Vaccination in Bombay 1889-1901 - 1889-1901
Year: 1889
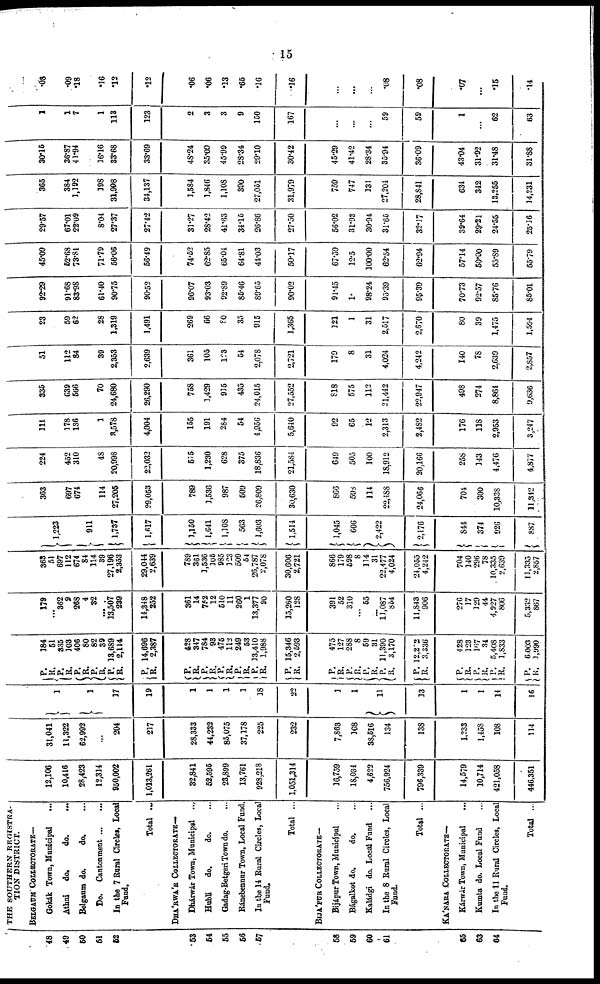
15
48
49
50
51
52
53
54
55
56
57
58
59
60
61
65
63
64
THE SOUTHERN REGISTRA-
TION DISTRICT.
BELGAUM COLLECTORATE—
Gokák Town, Municipal
...
Athni
do.
do.
...
Belgaum do.
do. ...
Do.
Cantonment... ...
In the 7 Rural Circles, Local
Fund.
Total ...
DHÁRWÁR COLLECTORATE—
Dhárwár Town, Municipal ...
Hubli
do.
do. ...
Gadag-Betgeri Town do. ...
Ránebennur Town, Local Fund.
In the 14 Rural Circles, Local
Fund.
Total ...
BIJÁPUR COLLECTORATE—
Bijápur Town, Municipal ...
Bágalkot do.
do. ...
Kaládgi do. Local Fund ...
In the 8 Rural Circles, Local
Fund.
Total ...
KÁNARA COLLECTORATE—
Kárwár Town, Municipal ...
Kumta do. Local Fund ...
In the 11 Rural Circles, Local
Fund.
Total ...
12,106
10,416
28,423
12,314
950,002
1,013,261
32,841
52,596
23,899
13,761
928,218
1,051,314
16,759
18,034
4,622
756,924
796,339
14,579
10,714
421,058
446,351
31,041
11,322
62,992
...
204
217
28,333
44,232
85,075
37,178
225
232
7,863
168
38,516
134
138
1,233
1,458
108
114
1
1
17
19
1
1
1
1
18
22
1
1
11
13
1
1
14
16
P.
R.
P.
R. P.
R.
P. R.
P.
R.
P.
R.
184
51
335
103
406
80
82
39
13,689
2,114
14,696
2,387
P.
R.
P.
R.
P.
R.
P.
R.
P.
R.
P.
R.
428
347
784
93
475
112
249
53
13,410
1,988
15,346
2,593
P.
R.
P.
R.
P.
R.
P.
R.
P.
R.
475
127
288
8
59
31
11,390
3,170
12,202
3,336
P.
R.
P. R.
P.
R.
P.
R.
428
123
167
34
5,408
1,833
6,003
1,990
179
...
362
9
268
4
32
...
13,507
239
14,348
252
361
14
752
12
510
11
260
1
13,377
90
15,260
128
391
52
310
...
55
...
11,087
854
11,843
906
276
17
129
44
4,927
806
5,332
867
363
51
697
112
674
84
114
39
27,196
2,353
29,044
2,639
789
361
1,536
105
985
123
509
54
26,787
2,078
30,606
2,721
866
179
598
8
114
31
22,477
4,024
24,055
4,242
704
140
296
78
10,335
2,639
11,335
2,857
1,223
911
1,737
1,617
1,150
1,641
1,108
563
1,603
1,514
1,045
606
2,422
2,176
844
374
926
887
363
697
674
114
27,205
29,053
789
1,536
987
509
26,809
30,630
866
598
114
22,488
24,066
704
300
10,338
11,342
224
452
310
48
20,998
22,032
515
1,230
628
375
18,836
21,584
649
505
100
18,912
20,166
258
143
4,476
4,877
111
178
136
1
3,578
4,004
155
191
284
54
4,956
5,640
92
65
12
2,313
2,482
176
118
2,953
3,247
335
639
566
70
24,680
26,290
758
3,429
915
435
24,015
27,552
818
575
112
21,442
22,947
498
274
8,864
9,636
51
112
84
39
2,353
2,639
361
105
123
54
2,078
2,721
179
8
31
4,024
4,242
140
78
2,639
2,857
23
59
62
28
1,319
1,491
269
66
80
35
915
1,365
121
1
31
2,517
2,670
80
39
1,475
1,594
92.29
91.68
83.98
61.40
90.75
90.52
96.07
93.03
92.89
85.46
89.65
90.02
94.45
1
98.24
95.39
95.39
70.73
92.57
85.76
85.01
45.09
52.68
73.81
71.79
56.06
56.49
74.52
62.85
65.04
64.81
44.03
50.17
67.59
12.5
100.00
62.54
62.94
57.14
50.00
55.89
55.79
29.57
67.01
22.09
8.04
27.37
27.42
31.27
28.42
41.63
34.15
26.86
27.50
56.02
31.93
30.94
31.65
32.17
39.64
29.21
24.55
25.16
365
384
1,192
198
31,998
34,137
1,584
1,846
1,108
390
27,051
31,979
759
747
131
27,204
28,841
634
342
13,255
14,231
30.15
36.87
41.94
16.16
33.68
33.69
48.24
35.09
45.99
28.34
29.10
30.42
45.29
41.42
28.34
35.94
36.09
43.04
31.92
31.48
31.88
1
1
7
1
111
123
2
3
3
9
150
167
...
...
...
59
59
1
...
62
63
.08
.09
.18
.16
.12
.12
.06
.06
.13
.65
.16
.16
...
...
...
.08
.08
.07
...
.15
.14